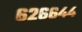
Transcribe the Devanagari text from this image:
६२६६४४